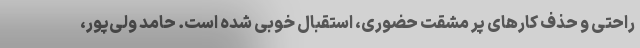
راحتی و حذف کارهای پر مشقت حضوری، استقبال خوبی شده است. حامد ولی‌پور،